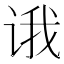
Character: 𰵮